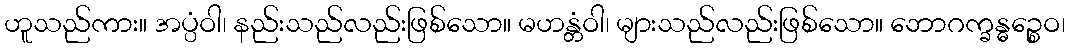
ဟူသည်ကား။ အပ္ပံဝါ၊ နည်းသည်လည်းဖြစ်သော။ မဟန္တံဝါ၊ များသည်လည်းဖြစ်သော။ ဘောဂက္ခန္ဓဉ္စေဝ၊